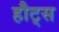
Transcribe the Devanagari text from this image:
हौट्स